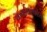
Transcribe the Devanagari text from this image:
कथापरंपरेस